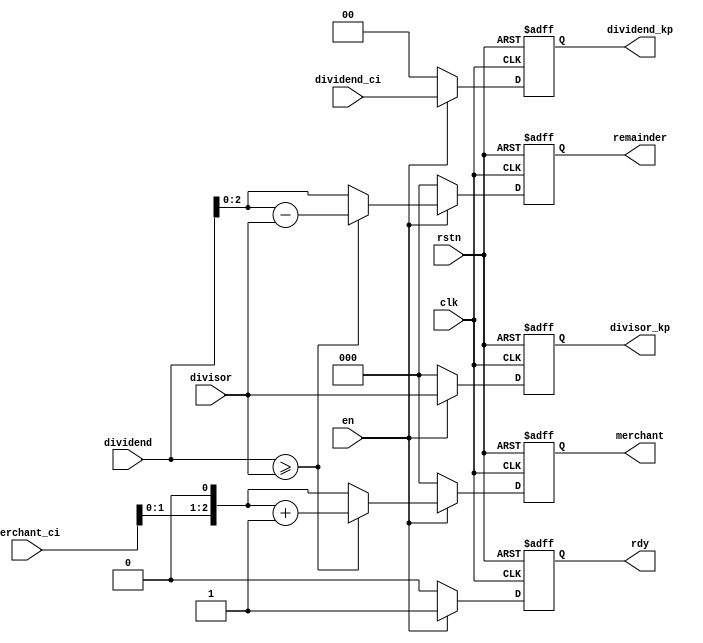
// dividend are divided into many parts, which width is 1 bigger than divisor
// parameter M means the actual width of divisor

module    divider_cell
  #(parameter N=5,
    parameter M=3)
 (
      input                     clk,
      input                     rstn,
      input                     en,

      input [M:0]               dividend,
      input [M-1:0]             divisor,
      input [N-M:0]             merchant_ci , //merchant info from last cell
      input [N-M-1:0]           dividend_ci , //original dividend remained

      output reg [N-M-1:0]      dividend_kp,  //keep remaind-dividend for pipeline
      output reg [M-1:0]        divisor_kp,   //keep divisor for pipeline
      output reg                rdy ,
      output reg [N-M:0]        merchant ,
      output reg [M-1:0]        remainder
  );

   always @(posedge clk or negedge rstn) begin
      if (!rstn) begin
         rdy            <= 'b0 ;
         merchant       <= 'b0 ;
         remainder      <= 'b0 ;
         divisor_kp     <= 'b0 ;
         dividend_kp    <= 'b0 ;
      end
      else if (en) begin
         rdy            <= 1'b1 ;
         divisor_kp     <= divisor ;
         dividend_kp    <= dividend_ci ;
         if (dividend >= {1'b0, divisor}) begin
            merchant    <= (merchant_ci<<1) + 1'b1 ;
            remainder   <= dividend - {1'b0, divisor} ;
         end
         else begin
            merchant    <= merchant_ci<<1 ;
            remainder   <= dividend ;
         end
      end // if (en)
      else begin
         rdy            <= 'b0 ;
         merchant       <= 'b0 ;
         remainder      <= 'b0 ;
         divisor_kp     <= 'b0 ;
         dividend_kp    <= 'b0 ;
      end
   end // always @ (posedge clk or negedge rstn)

endmodule